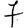
Digit: 7